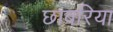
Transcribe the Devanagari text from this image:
छाबरिया